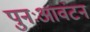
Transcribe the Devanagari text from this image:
पुनःआवंटन